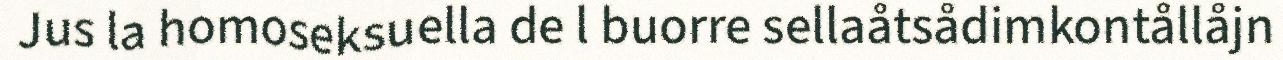
Jus la homoseksuella de l buorre sellaåtsådimkontållåjn